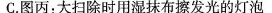
C.图丙：大扫除时用湿抹布擦发光的灯泡